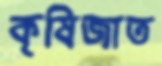
কৃষিজাত